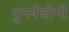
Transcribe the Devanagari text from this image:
पुनर्पयोगी